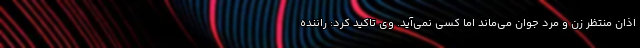
اذان منتظر زن و مرد جوان می‌ماند اما کسی نمی‌آید. وی تاکید کرد: راننده